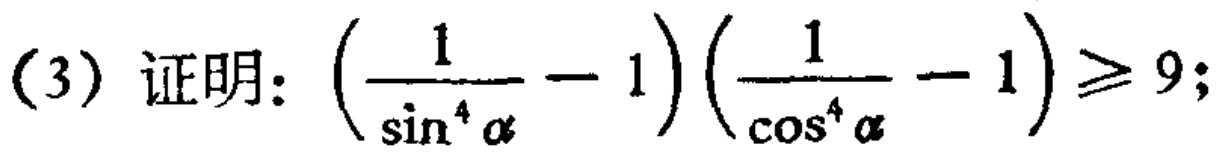
(3) 证明：\(\left(\frac{1}{\sin^{4}\alpha}-1\right)\left(\frac{1}{\cos^{4}\alpha}-1\right)\geq9\);